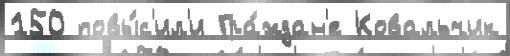
150 повы́с'ил'и Гра́ждан'е Ковальчик